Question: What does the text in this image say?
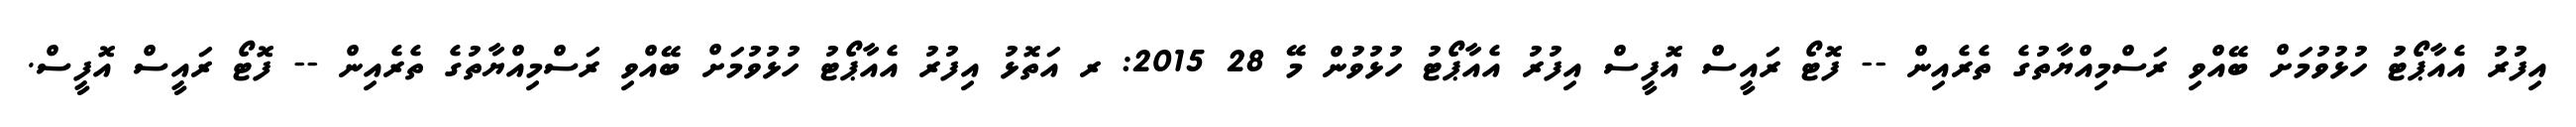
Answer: އިފުރު އެއާޕޯޓު ހުޅުވުމަށް ބޭއްވި ރަސްމިއްޔާތުގެ ތެރެއިން -- ފޮޓޯ ރައީސް އޮފީސް އިފުރު އެއާޕޯޓު ހުޅުވުން މޭ 28 2015: ރ އަތޮޅު އިފުރު އެއާޕޯޓު ހުޅުވުމަށް ބޭއްވި ރަސްމިއްޔާތުގެ ތެރެއިން -- ފޮޓޯ ރައީސް އޮފީސް.